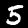
Digit: 5